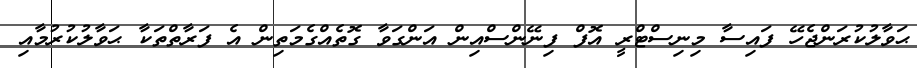
ޙަވާލުކުރަންޖެހޭ ފައިސާ މިނިސްޓްރީ އޮފް ފިނޭންސްއިން އަންގަވާ ގޮތެއްގެމަތިން އެ ފަރާތްތަކާ ޙަވާލުކުރުމާއި